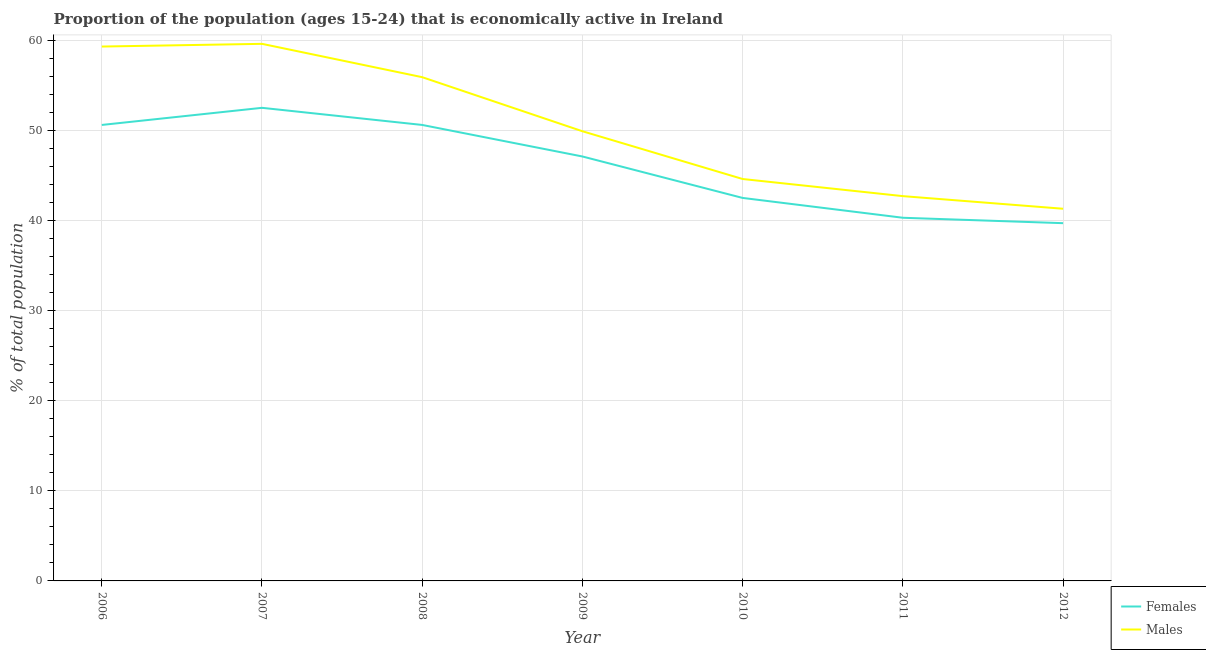
| Year | Females | Males |
 | --- | --- | --- |
 | 2006 | 50.6 | 59.3 |
 | 2007 | 52.5 | 59.6 |
 | 2008 | 50.6 | 55.9 |
 | 2009 | 47.1 | 49.9 |
 | 2010 | 42.5 | 44.6 |
 | 2011 | 40.3 | 42.7 |
 | 2012 | 39.7 | 41.3 |